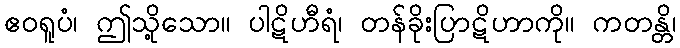
ဧဝရူပံ၊ ဤသို့သော။ ပါဋိဟီရံ၊ တန်ခိုးပြာဋိဟာကို။ ကတန္တိ၊